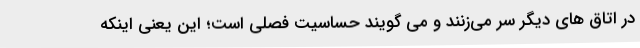
در اتاق های دیگر سر می‌زنند و می گویند حساسیت فصلی است؛ این یعنی اینکه